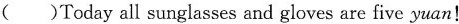
( )Today all sunglasses and gloves are five yuan!